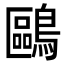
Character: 鷗